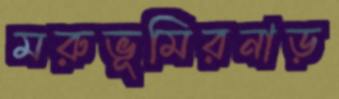
মরুভূমিরনাড়